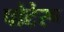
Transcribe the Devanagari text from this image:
पोटेरू